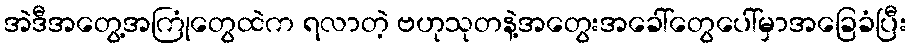
အဲဒီအတွေ့အကြုံတွေထဲက ရလာတဲ့ ဗဟုသုတနဲ့အတွေးအခေါ်တွေပေါ်မှာအခြေခံပြီး